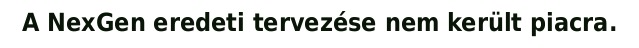
A NexGen eredeti tervezése nem került piacra.